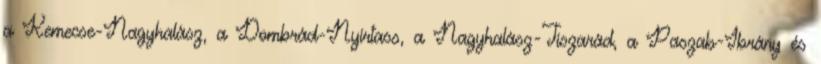
a Kemecse-Nagyhalász, a Dombrád-Nyírtass, a Nagyhalász-Tiszarád, a Paszab-Ibrány és